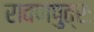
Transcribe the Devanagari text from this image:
रावणपुत्रः